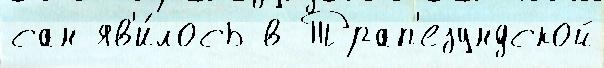
сан яв'и́лось в Трап'езундской